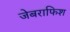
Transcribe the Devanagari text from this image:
जेबराफिश